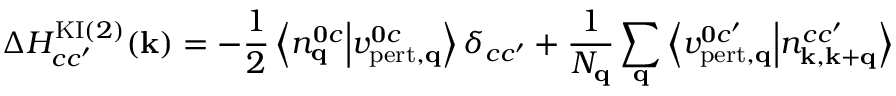
\Delta H _ { c c ^ { \prime } } ^ { \mathrm { K I } ( 2 ) } ( \mathbf { k } ) = - \frac { 1 } { 2 } \left\langle n _ { \mathbf { q } } ^ { \mathbf { 0 } c } \middle | v _ { \mathrm { p e r t , \mathbf { q } } } ^ { \mathbf { 0 } c } \right\rangle \delta _ { c c ^ { \prime } } + \frac { 1 } { N _ { \mathbf { q } } } \sum _ { \mathbf { q } } \left\langle v _ { \mathrm { p e r t } , \mathbf { q } } ^ { \mathbf { 0 } c ^ { \prime } } \middle | n _ { \mathbf { k } , \mathbf { k } + \mathbf { q } } ^ { c c ^ { \prime } } \right\rangle